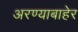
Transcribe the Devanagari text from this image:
अरण्याबाहेर